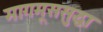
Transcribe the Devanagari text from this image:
मागमूससुद्धा